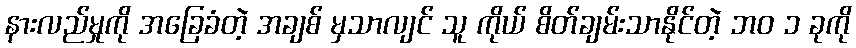
နားလည်မှုကို အခြေခံတဲ့ အချစ် မှသာလျင် သူ ကိုယ် စိတ်ချမ်းသာနိုင်တဲ့ ဘဝ ၁ ခုကို